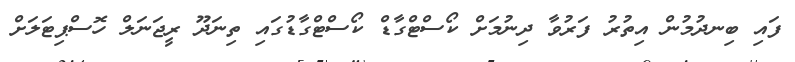
ފައި ބިނދުމުން އިތުރު ފަރުވާ ދިނުމަށް ކޯސްޓްގާޑް ކޯސްޓްގާޑުގައި ތިނަދޫ ރީޖަނަލް ހޮސްޕިޓަލަށް